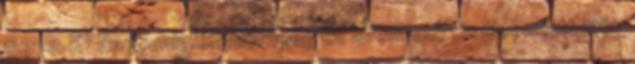
6770 K° Nagyobb fénysűrűség és lefedhető terület miatt még